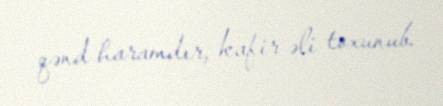
qənd haramdır, kafir əli toxunub.